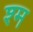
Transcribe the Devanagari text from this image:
श्म